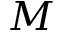
M